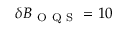
\delta B _ { \mathrm { ~ O ~ Q ~ S ~ } } = 1 0